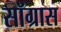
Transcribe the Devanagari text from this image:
सॉग्रास